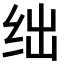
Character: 绌